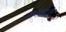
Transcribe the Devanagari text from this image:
क्षमताथी